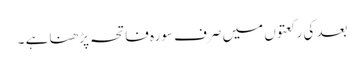
بعد کی رکعتوں میں صرف سورہ فاتحہ پڑھنا ہے ۔